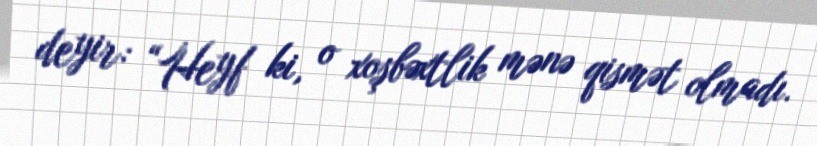
deyir: “Heyf ki, o xoşbəxtlik mənə qismət olmadı.